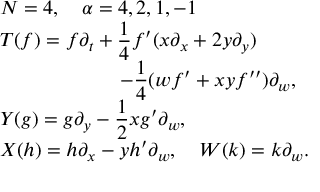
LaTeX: \begin{array} { l } { { N = 4 , \quad \alpha = 4 , 2 , 1 , - 1 } } \\ { { \displaystyle T ( f ) = f \partial _ { t } + \frac { 1 } { 4 } f ^ { \prime } ( x \partial _ { x } + 2 y \partial _ { y } ) } } \\ { { \displaystyle \qquad \qquad \qquad - \frac { 1 } { 4 } ( w f ^ { \prime } + x y f ^ { \prime \prime } ) \partial _ { w } , } } \\ { { \displaystyle Y ( g ) = g \partial _ { y } - \frac { 1 } { 2 } x g ^ { \prime } \partial _ { w } , } } \\ { { \displaystyle X ( h ) = h \partial _ { x } - y h ^ { \prime } \partial _ { w } , \quad W ( k ) = k \partial _ { w } . } } \end{array}